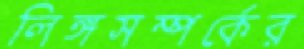
লিঙ্গসম্পর্কের